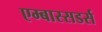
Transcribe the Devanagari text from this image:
एम्बास्सडर्स